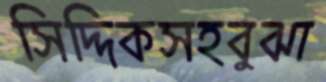
সিদ্দিকসহবুঝা